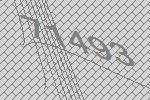
71493